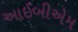
આઈબીએમ